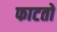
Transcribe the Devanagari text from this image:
फाटतो